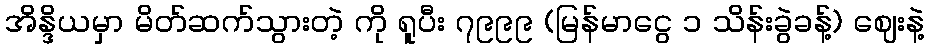
အိန္ဒိယမှာ မိတ်ဆက်သွားတဲ့ ကို ရူပီး ၇၉၉၉ (မြန်မာငွေ ၁ သိန်းခွဲခန့်) ဈေးနဲ့